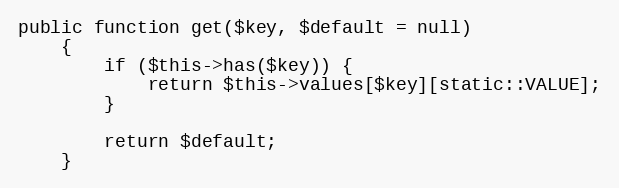
Language: PHP
public function get($key, $default = null)
    {
        if ($this->has($key)) {
            return $this->values[$key][static::VALUE];
        }

        return $default;
    }